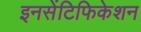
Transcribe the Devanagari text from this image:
इनसेंटिफिकेशन